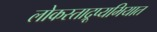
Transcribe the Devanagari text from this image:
लोकस्ताद्रूप्यभियात